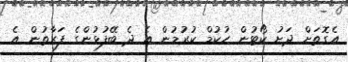
އެގޮތަށް ދަށު ކޯޓުން ހުކުމް ކުރުމުން އެ ދެ ބޭފުޅުންގެ ފަރާތުން އެ